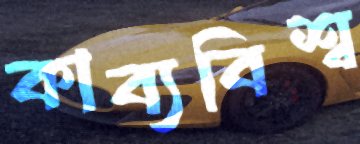
কাব্যবিশ্ব